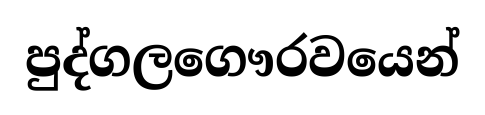
පුද්ගලගෞරවයෙන්